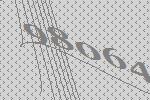
98064